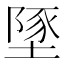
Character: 𡏇